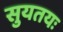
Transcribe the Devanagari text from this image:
सुयतयः